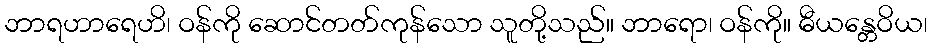
ဘာရဟာရေဟိ၊ ဝန်ကို ဆောင်တတ်ကုန်သော သူတို့သည်။ ဘာရော၊ ဝန်ကို။ ဓီယန္တေဝိယ၊